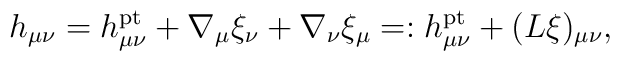
h_{\mu\nu}=h_{\mu\nu}^{\rm pt}+\nabla_{\mu}\xi_{\nu}+\nabla_{\nu}\xi_{\mu}=:h_{\mu\nu}^{\rm pt}+(L\xi)_{\mu\nu},